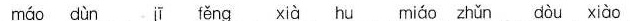
mao dun ji feng xia hu miao zhun dou xiao